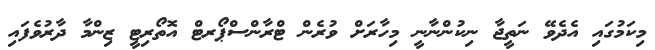
މިކަމުގައި އެދެވޭ ނަތީޖާ ނިކުންނާނީ މިހާރަށް ވުރެން ޓްރާންސްޕޯރޓް އޮތޯރިޓީ ޒިންމާ ދާރުވެފައި